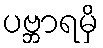
ပဗ္ဘာရမှိ